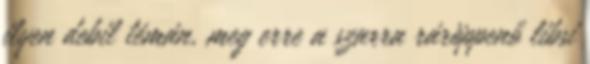
ilyen debil témán, meg erre a szarra ráröppenő libsi